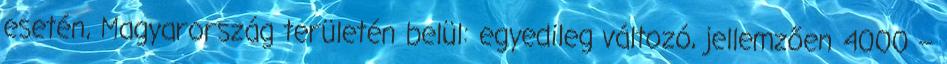
esetén, Magyarország területén belül: egyedileg változó, jellemzően 4000 –